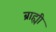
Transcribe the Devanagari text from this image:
ब्राह्यी